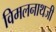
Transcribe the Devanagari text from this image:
विमलनाथजी